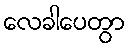
လေခါပေတွာ